Burma Government Medical School reports 1907-22
Year: 1907
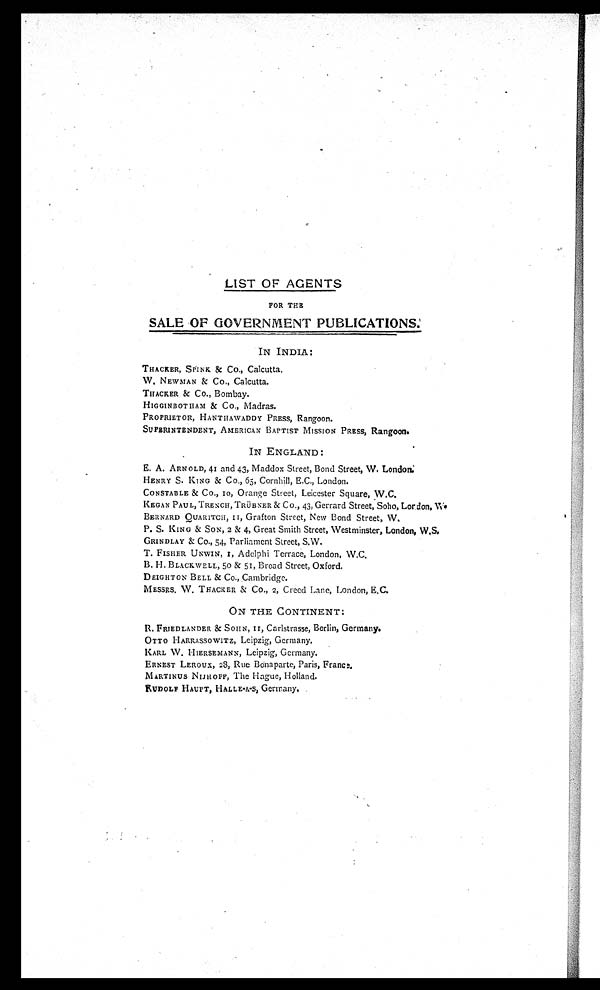
LIST OF AGENTS
FOR THE
SALE OF GOVERNMENT PUBLICATIONS.
IN INDIA:
THACKER, SPINK & Co., Calcutta.
W. NEWMAN & Co., Calcutta.
THACKER & Co., Bombay.
HIGGINBOTHAM & Co., Madras.
PROPRIETOR, HANTHAWADDY PRESS, Rangoon.
SUPERINTENDENT, AMERICAN BAPTIST MISSION PRESS, Rangoon.
IN ENGLAND :
E. A. ARNOLD, 41 and 43, Maddox Street, Bond Street, W. L o n d o n .
HENRY S. KING & Co., 65, Cornhill, E.C., London.
CONSTABLE & CO., 10, Orange Street, Leicester Square, W.C.
KEGAN PAUL, TRENCH, TRÜBNER & Co., 43, Gerrard Street, Soho, Lordon, W.
BERNARD QUARITCH, 11 , Grafton Street, New Bond Street, W.
P. S. KING & SON, 2 & 4, Great Smith Street, Westminster, London, W.S.
GRINDLAY & Co., 54, Parliament Street, S.W.
T. FISHER UNWIN, 1, Adelphi Terrace, London, W.C.
B. H. BLACKWELL, 5o & 51, Broad Street, Oxford.
DEIGHTON BELL & Co., Cambridge.
MESSRS, W. THACKER & Co., 2, Creed Lane, London, E.C.
ON THE CONTINENT:
R. FRIEDLANDER & SOHN, 11, Carlstrasse, Berlin, Germany.
OTTO HARRASSOWITZ, Leipzig, Germany.
KARL W. HIERSEMANN, Leipzig, Germany.
ERNEST LEROUX, 28, Rue Bonaparte, Paris, France.
MARTINUS NIJHOFF, The Hague, Holland.
RUDOLF HAUFT, HALLE.A.S, Germany.